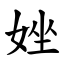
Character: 㛗